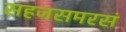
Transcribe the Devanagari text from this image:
सहजसमरसं